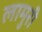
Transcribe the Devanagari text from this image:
लामुरी